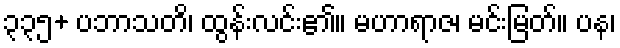
၃၃၅+ ပဘာသတိ၊ ထွန်းလင်း၏။ မဟာရာဇ၊ မင်းမြတ်။ ပန၊